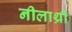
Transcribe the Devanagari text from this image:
नीलाथ्री